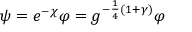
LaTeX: \psi = e ^ { - \chi } \varphi = g ^ { - \frac 1 4 ( 1 + \gamma ) } \varphi